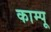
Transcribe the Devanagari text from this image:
काम्पू